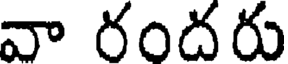
వా రందరు